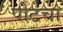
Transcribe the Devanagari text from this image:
पोटचा